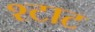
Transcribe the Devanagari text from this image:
श्टाट